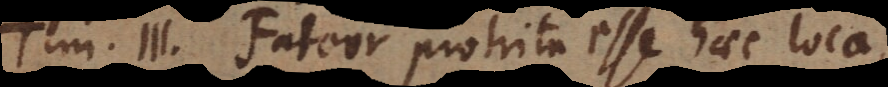
Tim. III. Fateor protrita esse haec loca,